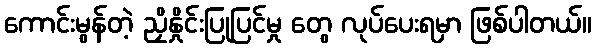
ကောင်းမွန်တဲ့ ညှိနှိုင်းပြုပြင်မှု တွေ လုပ်ပေးရမှာ ဖြစ်ပါတယ်။